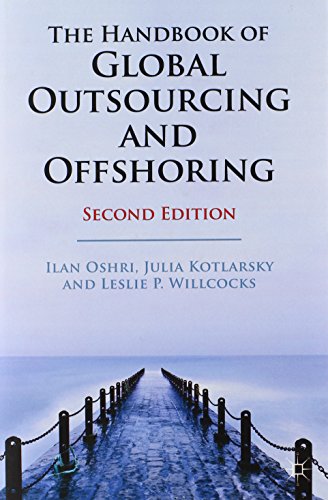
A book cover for The Handbook of Global Outsourcing and Offshoring: 2nd Edition; Ilan Oshri; Business & Money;